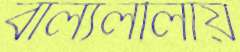
বাল্যলীলায়